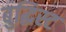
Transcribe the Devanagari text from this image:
बुद्धिस्ट